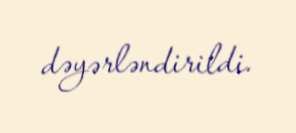
dəyərləndirildi.